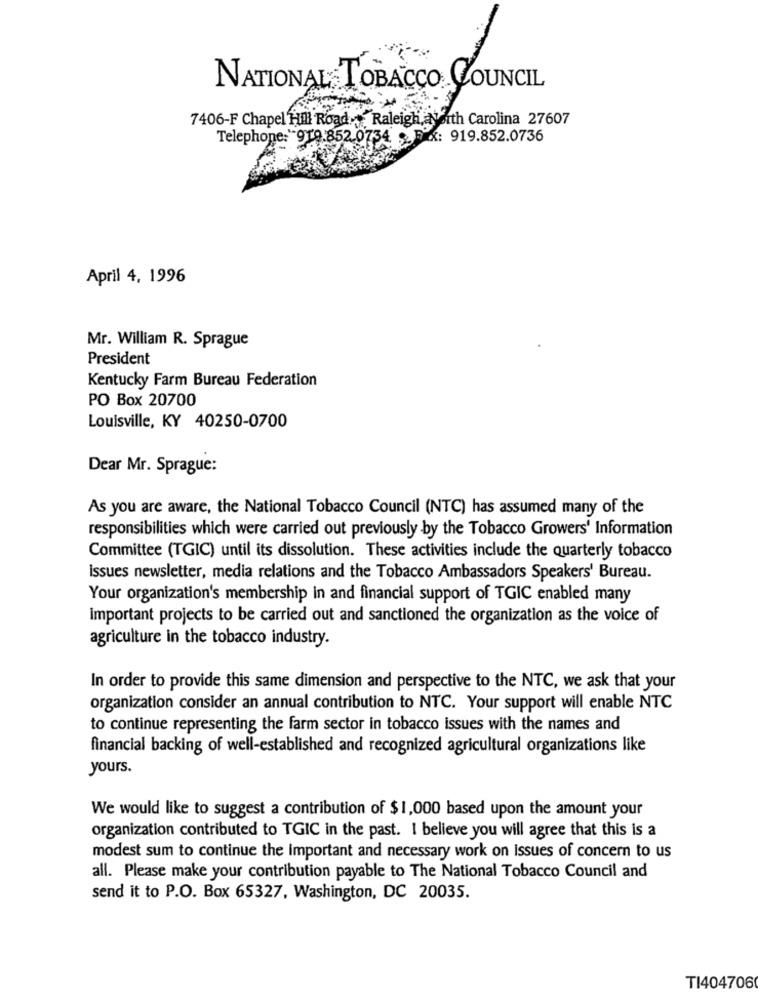
NATIONAL TOBACCO COUNCIL
7406-F Chapel Hill Road.+ Raleigh, North Carolina 27607
Telephone: 919.852 0734 Fax: 919.852.0736
April 4, 1996
Mr. William R. Sprague
President
Kentucky Farm Bureau Federation
PO Box 20700
Louisville, KY 40250-0700
Dear Mr. Sprague:
As you are aware, the National Tobacco Council (NTC) has assumed many of the
responsibilities which were carried out previously by the Tobacco Growers' Information
Committee (TGIC) until its dissolution. These activities include the Quarterly tobacco
Issues newsletter, media relations and the Tobacco Ambassadors Speakers' Bureau.
Your organization's membership in and financial support of TGIC enabled many
Important projects to be carried out and sanctioned the organization as the voice of
agriculture in the tobacco industry.
In order to provide this same dimension and perspective to the NTC, we ask that your
organization consider an annual contribution to NTC. Your support will enable NTC
to continue representing the farm sector in tobacco issues with the names and
financial backing of well-established and recognized agricultural organizations like
yours.
We would like to suggest a contribution of $ 1,000 based upon the amount your
organization contributed to TGIC in the past. I believe you will agree that this is a
modest sum to continue the Important and necessary work on Issues of concern to us
all. Please make your contribution payable to The National Tobacco Council and
send it to P.O. Box 65327, Washington, DC 20035.
TI404706